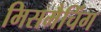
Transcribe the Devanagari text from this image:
मिसमैचिंग